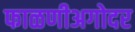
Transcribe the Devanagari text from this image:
फाळणीअगोदर